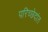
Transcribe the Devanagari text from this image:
परिच्छेदांत